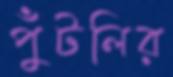
পুঁটলির